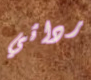
ردائي